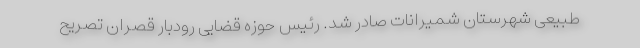
طبیعی شهرستان شمیرانات صادر شد. رئیس حوزه قضایی رودبار قصران تصریح